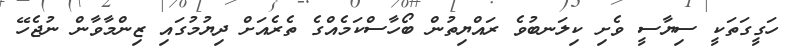
ހަގީގަތަކީ ސިޔާސީ ވެށި ކިލަނބުވެ ރައްޔިތުން ބޯހާސްކަމެއްގެ ތެރެއަށް ދިޔުމުގައި ޒިންމާވާން ނުޖެހޭ